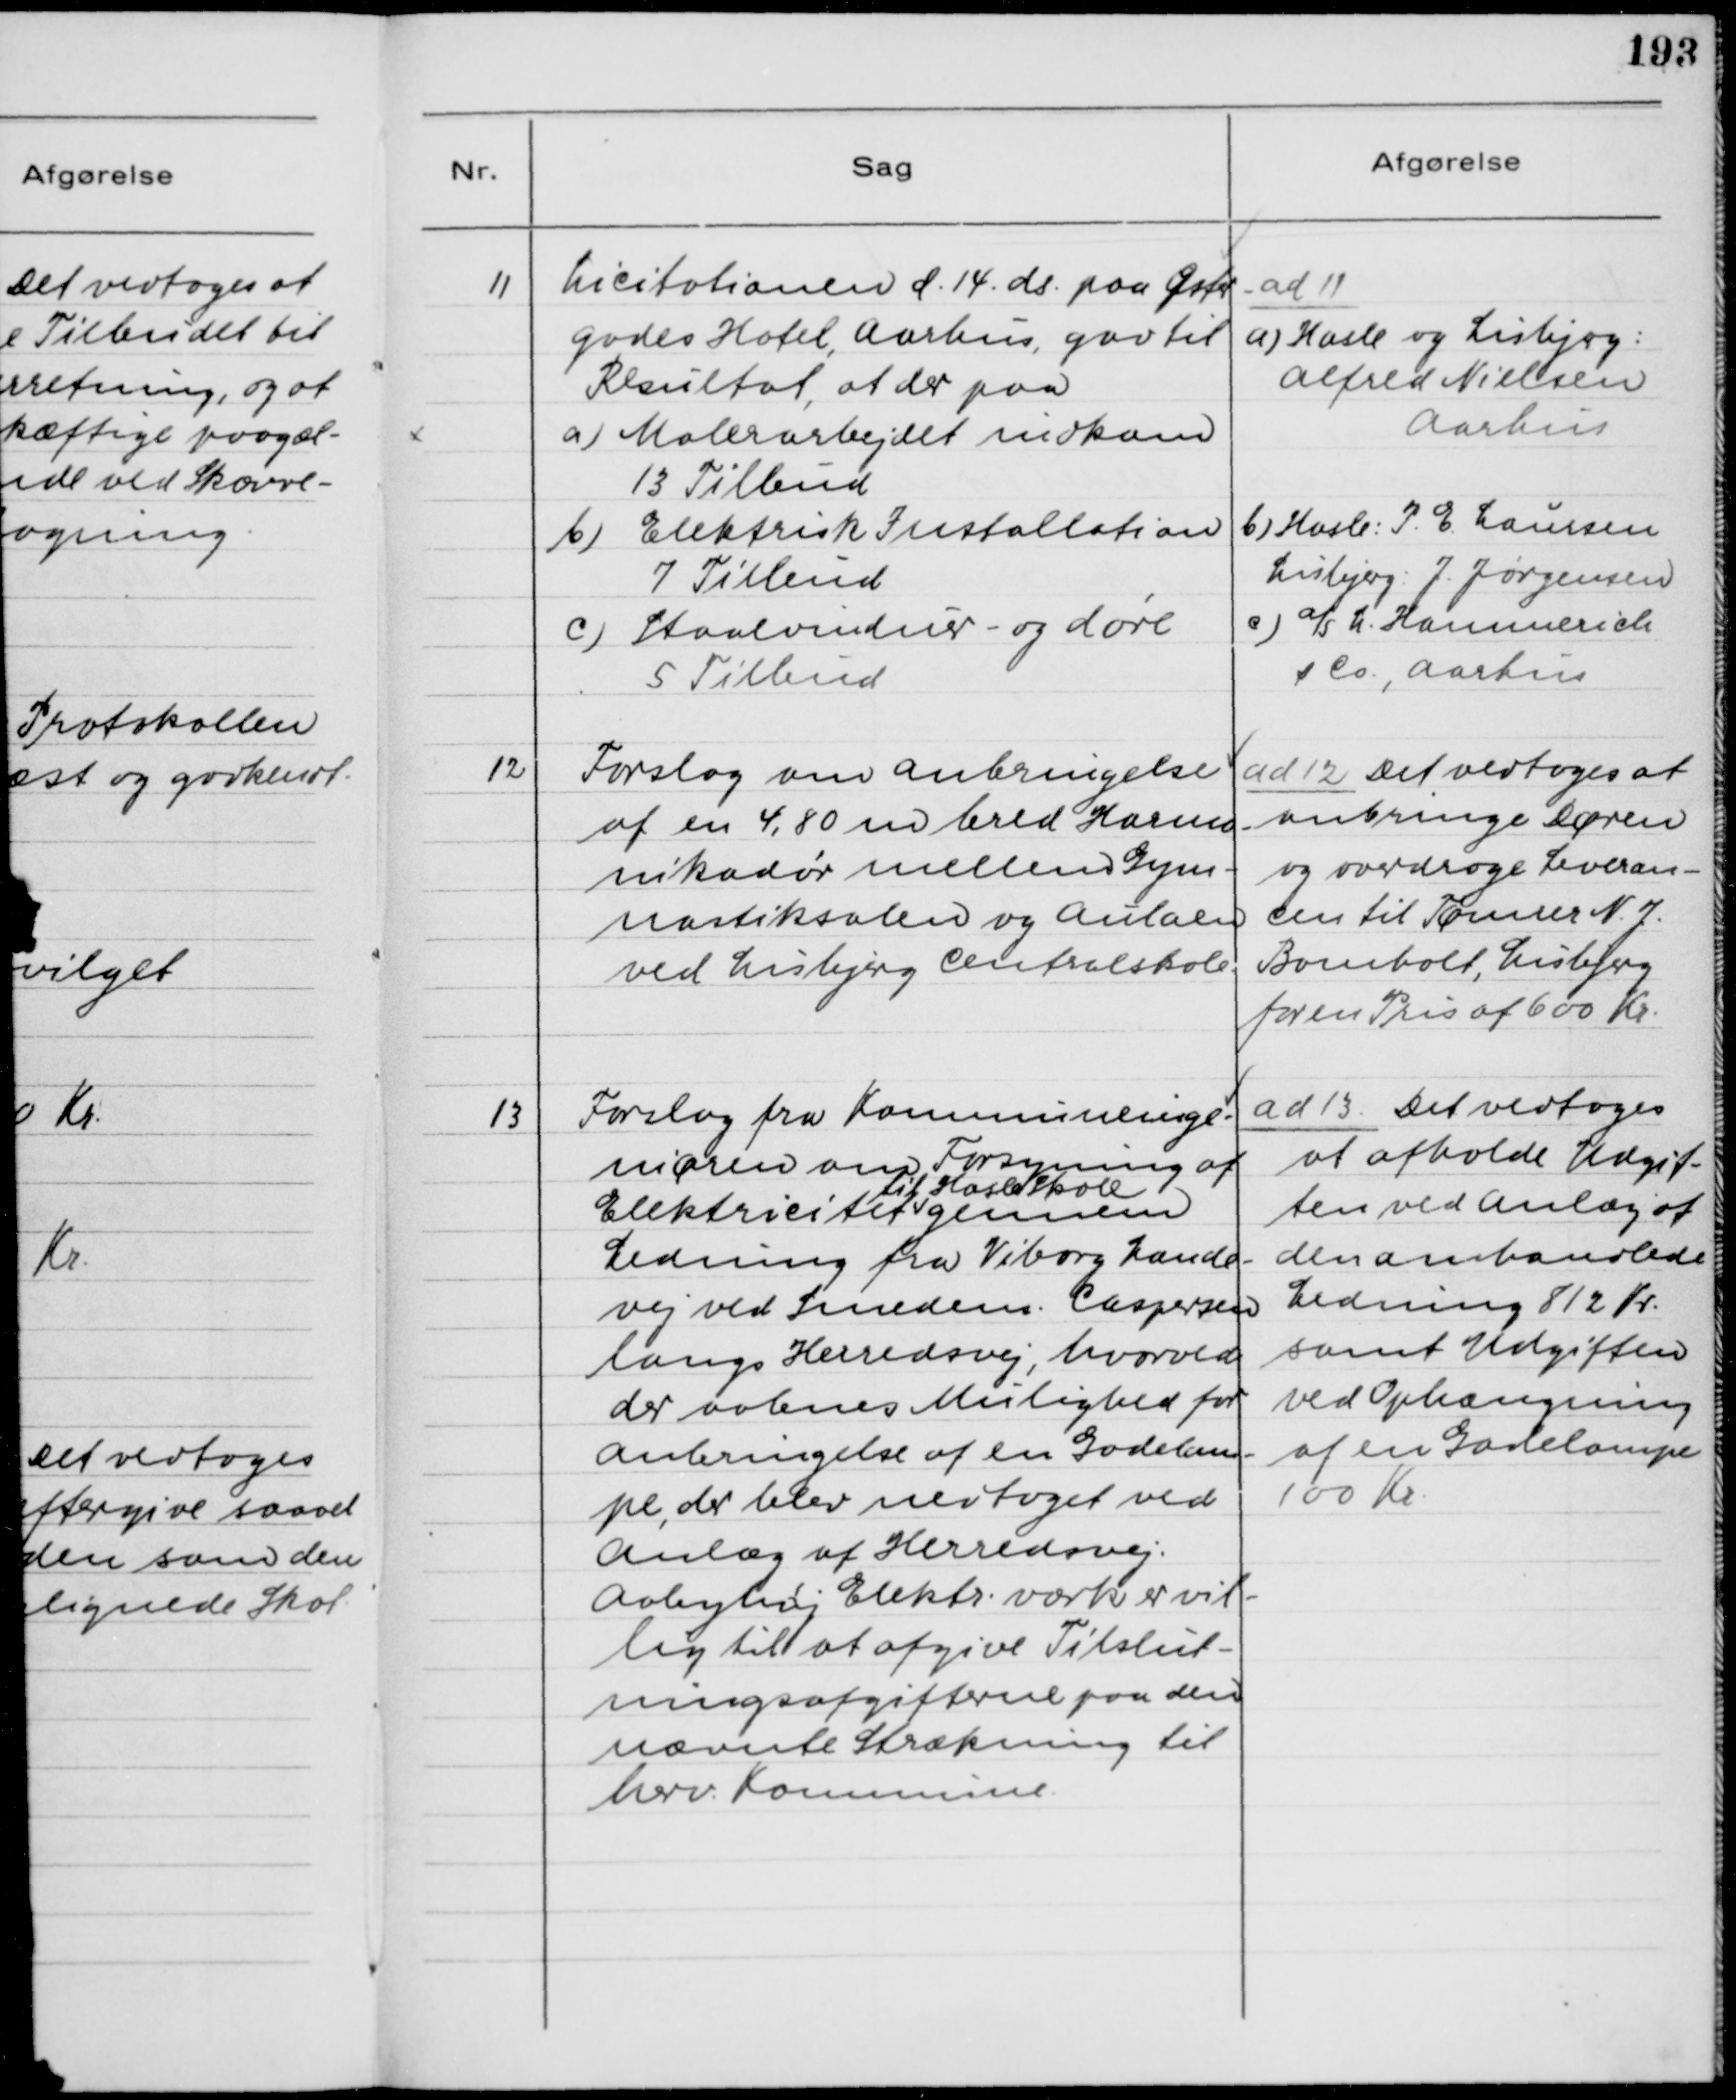
Transskription:
11

Licitationen d. 14. ds. paa Øster-
gades Hotel, Aarhus, gav til
Resultat, at der paa
a) Malerarbejdet indkom
13 Tilbud
b) Elektrisk Installation
7 Tilbud
c) Staalvinduer- og døre
5 Tilbud

ad 11
a) Hasle og Lisbjerg:
Alfred Nielsen
Aarhus
b) Hasle: P. E. Laursen
Lisbjerg: J. Jørgensen
c) A/S L. Hammerich
& Co., Aarhus

12

Forslag om Anbringelse
af en 4,8 m bred Harmo-
nikadør mellem Gym-
nastiksalen og Aulaen
ved Lisbjerg Centralskole.

ad 12. Det vedtoges at
anbringe Døren
og overdrage Leveran-
cen til Tømrer N. J.
Bomholt, Lisbjerg
for en Pris af 600 Kr.

13

Forslag fra Kommuneinge-
niøren om Forsyning af
Elektricitet
til Hasle Skole
gennem
Ledning fra Viborg Lande-
vej ved Smedem. Caspersen
langs Herredsvej, hvorved
der aabnes Mulighed for
Anbringelse af en Gadelam-
pe, der blev nedtaget ved
Anlæg af Herredsvej.
Aabyhøj Elektr. værk er vil-
lig til at afgive Tilslut-
ningsafgifterne paa den
nævnte Strækning til
herv. Kommune.

ad 13. Det vedtoges
at afholde Udgif-
ten ved Anlæg af
den omhandlede
Ledning 812 Kr.
samt Udgiften
ved Ophængning
af en Gadelampe
100 Kr.